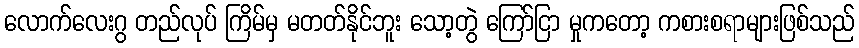
လောက်လေးဂွ တည်လုပ် ကြိမ်မှ မတတ်နိုင်ဘူး သော့တွဲ ကြော်ငြာ မှုကတော့ ကစားစရာများဖြစ်သည်